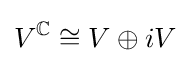
V^{\mathbb {C} }\cong V\oplus iV